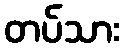
တပ်သား